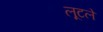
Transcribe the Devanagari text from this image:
लूटले